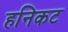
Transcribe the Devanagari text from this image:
हनिकट